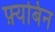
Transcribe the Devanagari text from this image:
फ़्यबिन